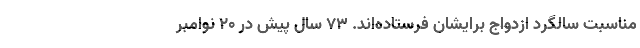
مناسبت سالگرد ازدواج برایشان فرستاده‌اند. 73 سال پیش در 20 نوامبر